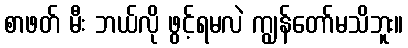
စာဖတ် မီး ဘယ်လို ဖွင့်ရမလဲ ကျွန်တော်မသိဘူး။